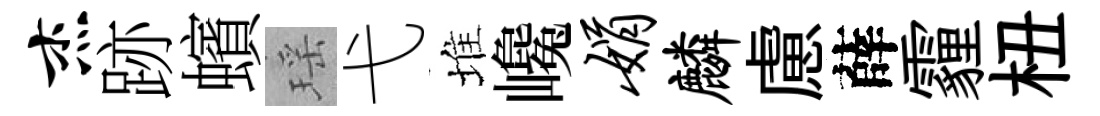
杰跡蠙瑶弋堆巉娟麟慮薛霾杻